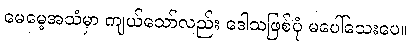
မေမေ့အသံမှာ ကျယ်သော်လည်း ဒေါသဖြစ်ပုံ မပေါ်သေးပေ။